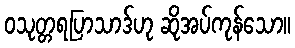
ဝသုတ္တရပြာသာဒ်ဟု ဆိုအပ်ကုန်သော။